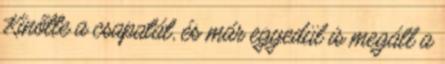
Kinőtte a csapatát, és már egyedül is megáll a